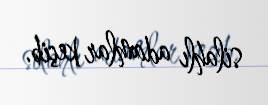
silahlı adamlar keçib.